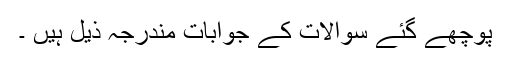
پوچھے گئے سوالات کے جوابات مندرجہ ذیل ہیں ۔